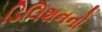
ડિલિશનનો